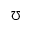
\mho